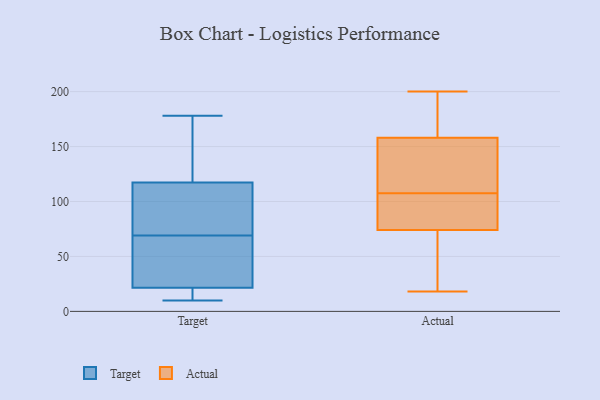
{"axis": {"x": "Energy Usage (MWh)", "y": "Value"}, "legend": ["Actual", "Target"], "data": [{"x": "", "y": 43, "type": "Target"}, {"x": "", "y": 10, "type": "Target"}, {"x": "", "y": 115, "type": "Target"}, {"x": "", "y": 69, "type": "Target"}, {"x": "", "y": 118, "type": "Target"}, {"x": "", "y": 118, "type": "Target"}, {"x": "", "y": 86, "type": "Target"}, {"x": "", "y": 18, "type": "Target"}, {"x": "", "y": 32, "type": "Target"}, {"x": "", "y": 178, "type": "Target"}, {"x": "", "y": 18, "type": "Target"}, {"x": "", "y": 74, "type": "Actual"}, {"x": "", "y": 200, "type": "Actual"}, {"x": "", "y": 18, "type": "Actual"}, {"x": "", "y": 95, "type": "Actual"}, {"x": "", "y": 165, "type": "Actual"}, {"x": "", "y": 120, "type": "Actual"}, {"x": "", "y": 137, "type": "Actual"}, {"x": "", "y": 75, "type": "Actual"}, {"x": "", "y": 48, "type": "Actual"}, {"x": "", "y": 158, "type": "Actual"}]}